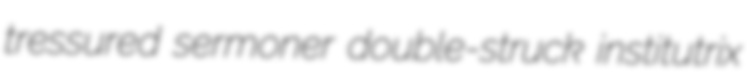
tressured sermoner double-struck institutrix